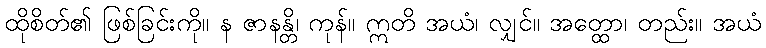
ထိုစိတ်၏ ဖြစ်ခြင်းကို။ န ဇာနန္တိ၊ ကုန်။ ဣတိ အယံ၊ လျှင်။ အတ္ထော၊ တည်း။ အယံ